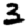
Digit: 3